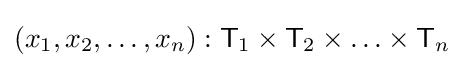
(x_{1},x_{2},\ldots ,x_{n}):{\mathsf {T}}_{1}\times {\mathsf {T}}_{2}\times \ldots \times {\mathsf {T}}_{n}